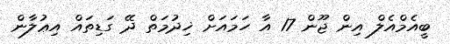
ބީއެމްއެލް އިން ޖޫން 17 އާ ހަމައަށް ޚިދުމަތް ދޭ ގަޑިތައް އިޢުލާން